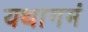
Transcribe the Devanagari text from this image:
यथागमं